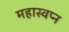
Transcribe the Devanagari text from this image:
महास्‍वप्‍न